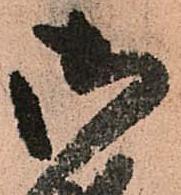
御